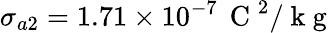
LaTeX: \sigma_{a2}=1.71\times 10^{-7}\, \mathrm{~C~}^{2}/\mathrm{~k~g~}